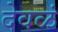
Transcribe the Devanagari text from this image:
देवळं